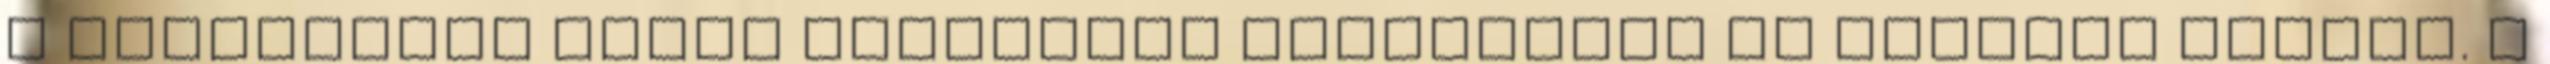
a hétvégeken korgó gyomorral hiányolták az iskolai ebédet. A